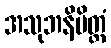
အသုဘနိမိတ္တံ